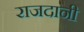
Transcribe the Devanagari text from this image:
राजदानी